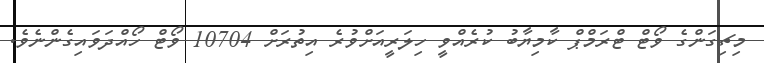
މިޗިގަންގެ ވޯޓް ޓްރަމްޕް ކާމިޔާބު ކުރެއްވީ ހިލަރީއަށްވުރެ އިތުރަށް 10704 ވޯޓް ހޯއްދަވައިގެންނެވެ.